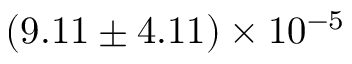
( 9 . 1 1 \pm 4 . 1 1 ) \times 1 0 ^ { - 5 }